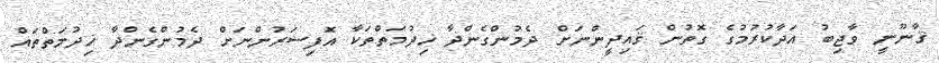
ޤާނޫނީ ވާޖިބު އަދާކުރުމުގެ ގޮތުން ޤައިދީންނަށް ދެމުންގެންދާ ޚިދުމަތްތަކާ އޮފިސަރުންނަށް ދެމުންގެންދާ ޚިދުމަތްތައް